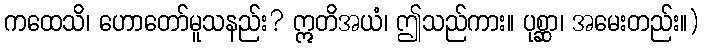
ကထေသိ၊ ဟောတော်မူသနည်း? ဣတိအယံ၊ ဤသည်ကား။ ပုစ္ဆာ၊ အမေးတည်း။)